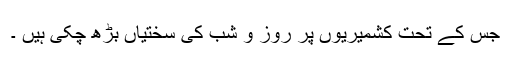
جس کے تحت کشمیریوں پر روز و شب کی سختیاں بڑھ چکی ہیں ۔